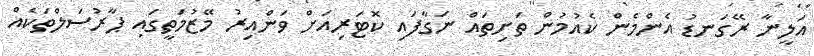
އަލީނާ ރޭގަނޑު އެންމެން ކެއުމުން ތަށިތައް ނަގާފައި ކޮޓަރިއަށް ވަންއިރު މޭޒުމަތީގައި ޕާރުސަލްތަކެއް